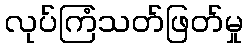
လုပ်ကြံသတ်ဖြတ်မှု